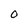
Character: O